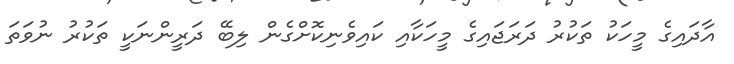
އާދައިގެ މީހަކު ތަކުރު ދަރަޖައިގެ މީހަކާއި ކައިވެނިކޮށްގެން ލިބޭ ދަރީންނަކީ ތަކުރު ނުވަތަ